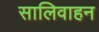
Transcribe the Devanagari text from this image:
सालिवाहन